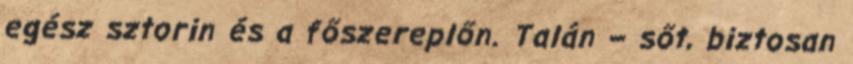
egész sztorin és a főszereplőn. Talán – sőt, biztosan